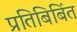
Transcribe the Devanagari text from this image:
प्रतिबिबिंत